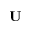
\mathbf { U }